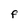
Character: F